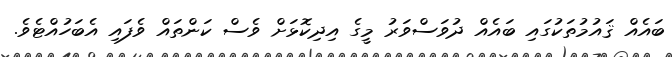
ބައެއް ޤައުމުތަކުގައި ބައެއް ދުވަސްވަރު މީގެ އިދިކޮޅަށް ވެސް ކަންތައް ވެފައި އެބަހުއްޓެވެ.